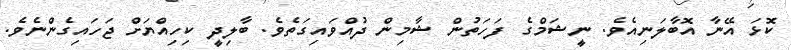
ކޮޅަ އޭނާ އޮބާލަނިއެވެ. ނީޝަމްގެ ފަހަތުން ޝާމިން ދުއްވައިގަތެވެ. ބާލިދީ ކިހިއްޔަށް ޖަހައިގެންނެވެ.